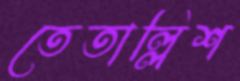
তেতাল্লিশ